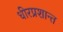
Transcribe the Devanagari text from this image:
धीरप्रशान्त